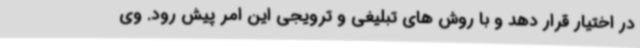
در اختیار قرار دهد و با روش های تبلیغی و ترویجی این امر پیش رود. وی